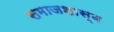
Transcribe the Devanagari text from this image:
समाजशास्व